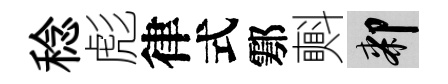
稔彪律式鄠㪺膝